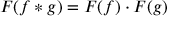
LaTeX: F ( f * g ) = F ( f ) \cdot F ( g )